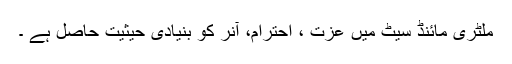
ملٹری مائنڈ سیٹ میں عزت ، احترام، آنر کو بنیادی حیثیت حاصل ہے ۔